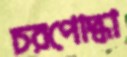
চরপোদ্ধা